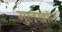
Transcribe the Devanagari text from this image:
मुलखांत